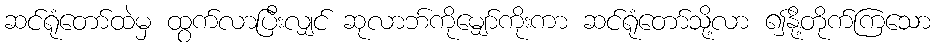
ဆင်ရုံတော်ထဲမှ ထွက်လာပြီးလျှင် ဆုလာဘ်ကိုမျှော်ကိုးကာ ဆင်ရုံတော်သို့လာ ၍နို့တိုက်ကြသော